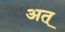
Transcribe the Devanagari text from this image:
अत्‌